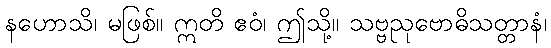
နဟောသိ၊ မဖြစ်။ ဣတိ ဧဝံ၊ ဤသို့။ သဗ္ဗညုဗောဓိသတ္တာနံ၊